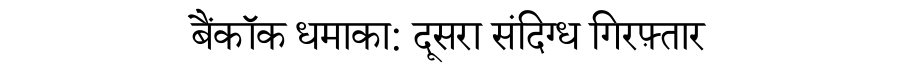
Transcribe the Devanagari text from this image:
बैंकॉक धमाका: दूसरा संदिग्ध गिरफ़्तार